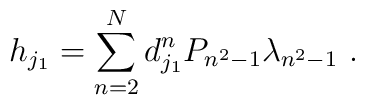
{h}_{j_1} = \sum_{n=2}^N d_{j_1}^n P_{n^2-1} \lambda_{n^2-1} \ .